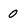
Character: 0